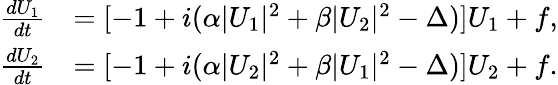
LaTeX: \begin{array}{rl}{\frac{dU_{1}}{dt}}&{=[-1+i(\alpha\vert U_{1}\vert^{2}+\beta\vert U_{2}\vert^{2}-\Delta)]U_{1}+f,}\\ {\frac{dU_{2}}{dt}}&{=[-1+i(\alpha\vert U_{2}\vert^{2}+\beta\vert U_{1}\vert^{2}-\Delta)]U_{2}+f.}\end{array}